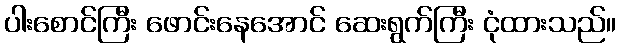
ပါးစောင်ကြီး ဖောင်းနေအောင် ဆေးရွက်ကြီး ငုံထားသည်။